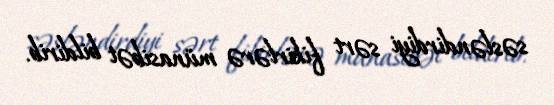
səsləndirdiyi sərt fikirlərə münasibət bildirib.